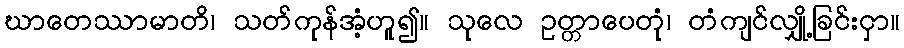
ဃာတေဿာမာတိ၊ သတ်ကုန်အံ့ဟူ၍။ သုလေ ဥတ္တာပေတုံ၊ တံကျင်လျှို့ခြင်းငှာ။